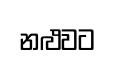
නළුවට